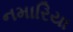
નમારિયા